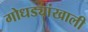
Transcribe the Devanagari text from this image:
गोधड्यांखाली